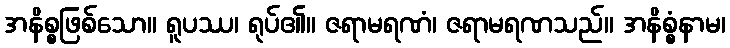
အနိစ္စဖြစ်သော။ ရူပဿ၊ ရုပ်၏။ ဇရာမရဏံ၊ ဇရာမရဏသည်။ အနိစ္စံနာမ၊